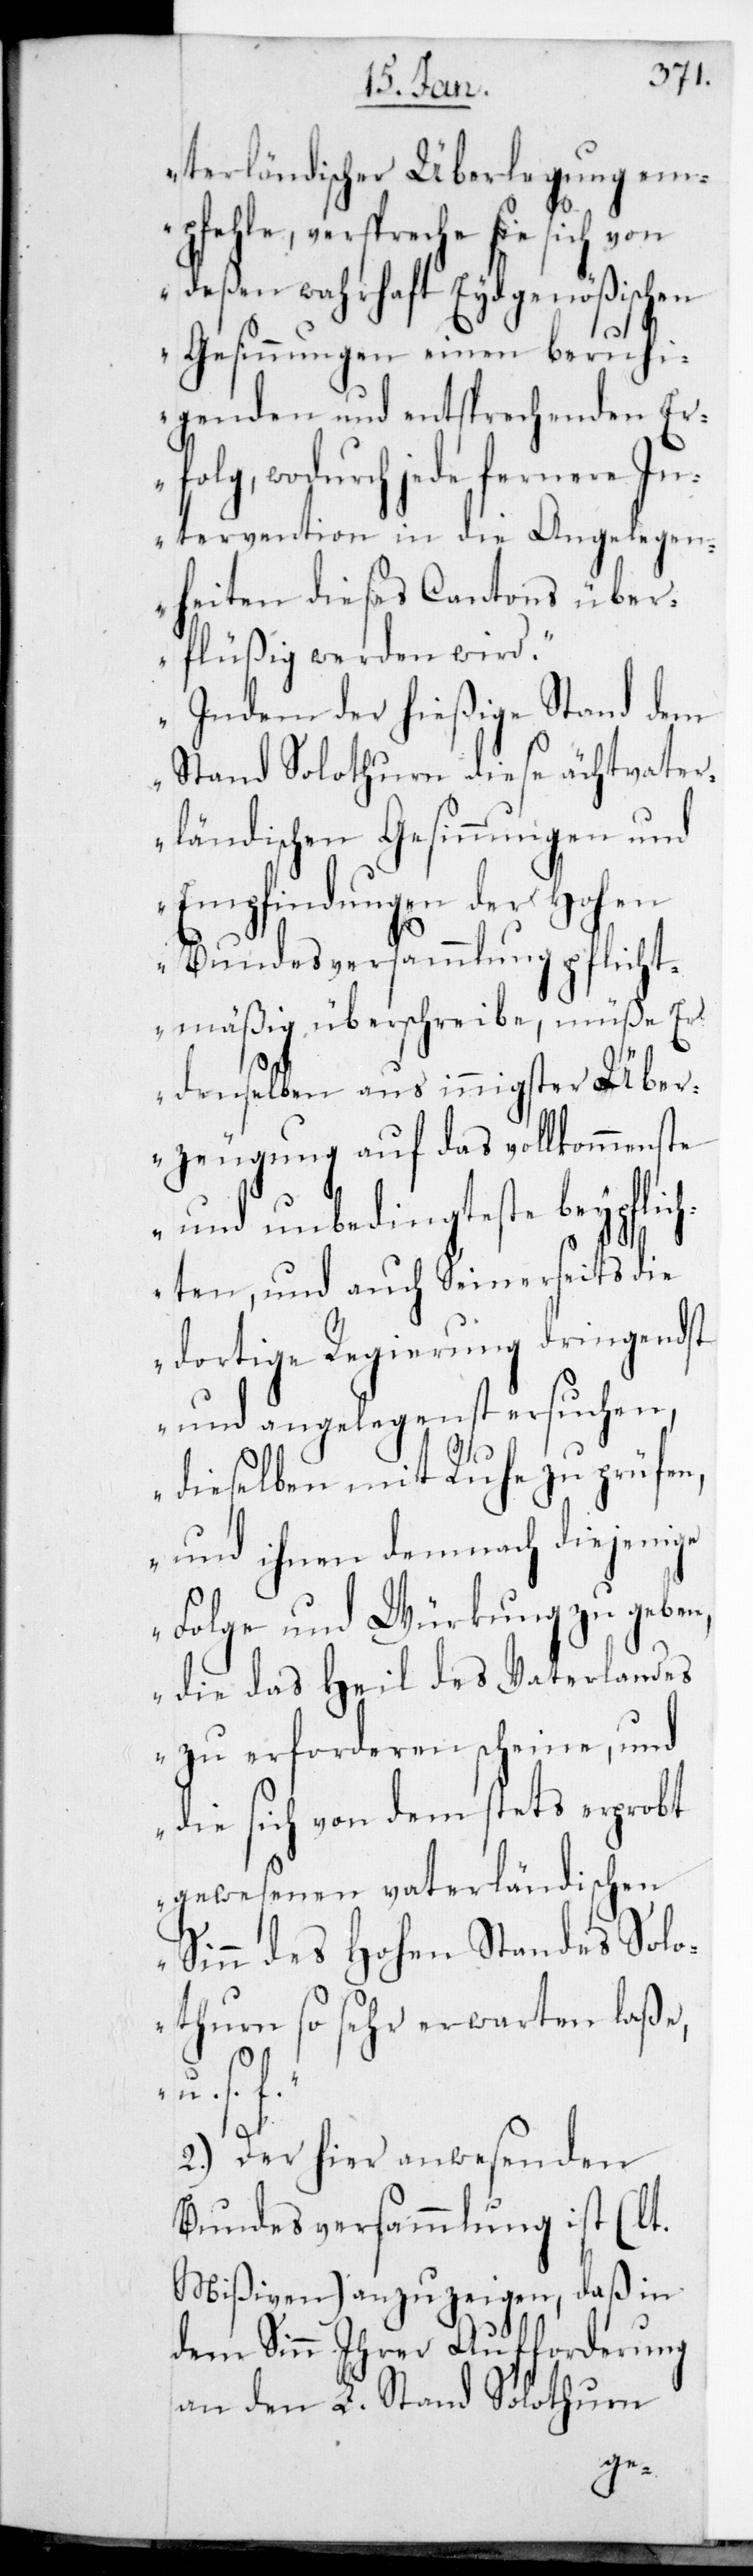
terländischer Überlegung em¬
pfehle, verspreche sie sich von
deßen wahrhaft eidgenößischen
Gesinnungen einen beruhi¬
genden und entsprechenden Er¬
folg, wodurch jede fernere In¬
tervention in die Angelegen¬
heiten dieses Cantons über¬
flüßig werden wird.
Indem der hießige Stand dem
Stand Solothurn diese echt vater¬
ländischen Gesinnungen und
Empfindungen der Hohen
Bundesversammlung pflicht¬
mäßig überschreibe, müße er
denselben aus innigster Über¬
zeugung auf das vollkommenste
und unbedingteste beypflich¬
ten, und auch seinerseits die
dortige Regierung dringendst
und angelegenst ersuchen,
dieselben mit Ruhe zu prüfen,
und ihnen demnach diejenige
Folge und Würkung zu geben,
die das Heil des Vaterlandes
zu erforderen scheine, und
die sich von dem stets erprobt
gewesenen vaterländischen
Sinn des Hohen Standes Sol¬
othurn so sehr erwarten laße,
u.s.f.“
2.) Der hier anwesenden
Bundesversammlung ist (laut
Mißiven) anzuzeigen, daß in
dem Sinn ihrer Aufforderung
an den L. Stand Solothurn